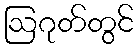
ဩဂုတ်တွင်